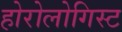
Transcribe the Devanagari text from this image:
होरोलोगिस्ट